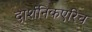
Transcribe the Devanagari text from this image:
दार्शनिकएरिच